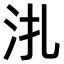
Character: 𣲞